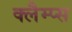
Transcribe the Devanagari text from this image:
क्लैम्प्स